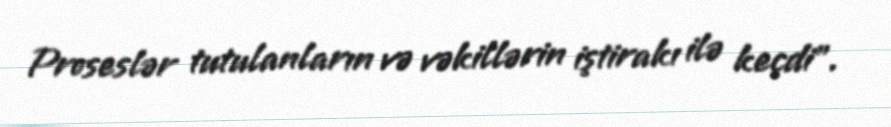
Proseslər tutulanların və vəkillərin iştirakı ilə keçdi”.